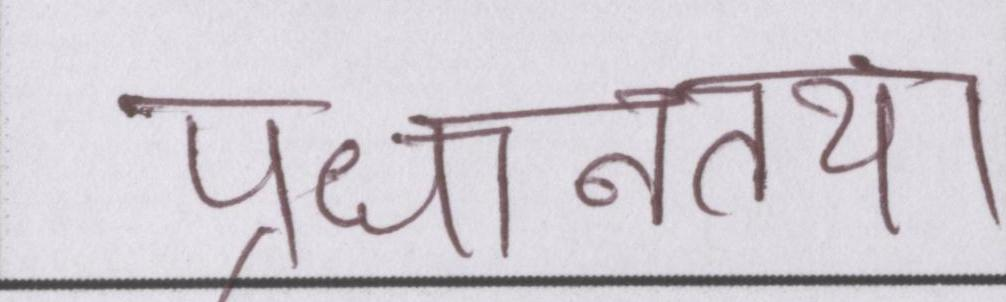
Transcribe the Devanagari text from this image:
प्रधानतया